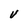
Character: V